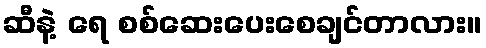
ဆီနဲ့ ရေ စစ်ဆေးပေးစေချင်တာလား။